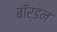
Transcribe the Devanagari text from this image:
बॉर्डन